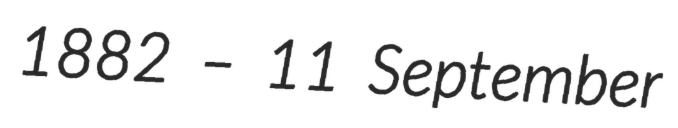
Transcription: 1882 – 11 September